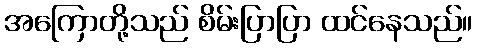
အကြောတို့သည် စိမ်းပြာပြာ ထင်နေသည်။